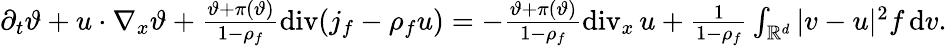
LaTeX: \begin{array}{r}{\partial_{t}\vartheta+u\cdot\nabla_{x}\vartheta+\frac{\vartheta+\pi(\vartheta)}{1-\rho_{f}}\mathrm{div}(j_{f}-\rho_{f}u)=-\frac{\vartheta+\pi(\vartheta)}{1-\rho_{f}}\mathrm{div}_{x}\, u+\frac{1}{1-\rho_{f}}\int_{\mathbb R^{d}}\vert v-u\vert^{2}f\, \mathrm{d}v.}\end{array}